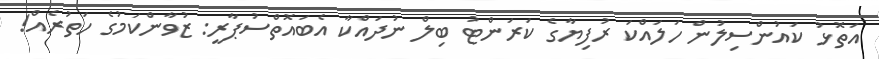
އަތޮޅު ކައުންސިލުން ހަލައްކަ ރުފިޔާގެ ކަރަންޓު ބިލް ނުދައްކާ އެބައޮތްސުޕާރީ: ޒުވާންކަމުގެ ހަތުރެއް!